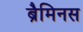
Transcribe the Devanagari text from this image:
ब्रैमिनस